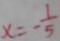
x = - \frac { 1 } { 5 }